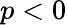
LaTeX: p<0